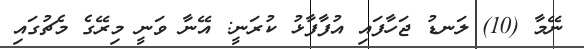
ނޭމާ (10) ލަނޑު ޖަހާފައި އުފާފާޅު ކުރަނީ: އޭނާ ވަނީ މިރޭގެ މެޗުގައި